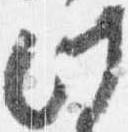
此